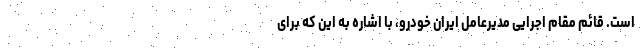
است. قائم مقام اجرایی مدیرعامل ایران خودرو، با اشاره به این که برای